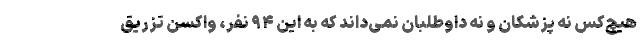
هیچ‌کس نه پزشکان و نه داوطلبان نمی‌داند که به این ۹۴ نفر، واکسن تزریق